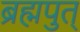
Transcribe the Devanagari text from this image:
ब्रह्मपुत्